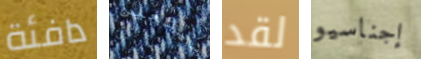
دافئة سيتعين لقد إجناسيو